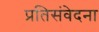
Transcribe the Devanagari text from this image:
प्रतिसंवेदना